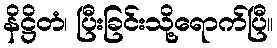
နိဋ္ဌိတံ၊ ပြီးခြင်းသို့ရောက်ပြီ။